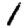
Digit: 1